Proceedings of the meeting of veterinary officers in India
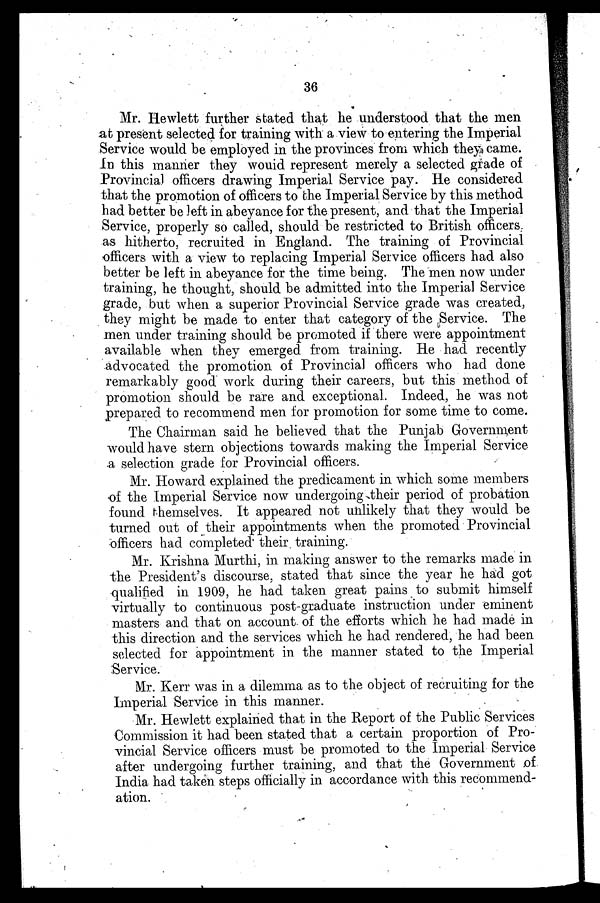
36
Mr. Hewlett further stated that he understood that the men
at present selected for training with a view to entering the Imperial
Service would be employed in the provinces from which they came.
In this manner they would represent merely a selected grade of
Provincial officers drawing Imperial Service pay. He considered
that the promotion of officers to the Imperial Service by this method
had better be left in abeyance for the present, and that the Imperial
Service, properly so called, should be restricted to British officers
as hitherto, recruited in England. The training of Provincial
officers with a view to replacing Imperial Service officers had also
better be left in abeyance for the time being. The men now under
training, he thought, should be admitted into the Imperial Service
grade, but when a superior Provincial Service grade was created,
they might be made to enter that category of the Service. The
men under training should be promoted if there were appointment
available when they emerged from training. He had recently
advocated the promotion of Provincial officers who had done
remarkably good work during their careers, but this method of
promotion should be rare and exceptional. Indeed, he was not
prepared to recommend men for promotion for some time to come.
The Chairman said he believed that the Punjab Government
would have stern objections towards making the Imperial Service
a selection grade for Provincial officers.
Mr. Howard explained the predicament in which some members
of the Imperial Service now undergoing their period of probation
found themselves. It appeared not unlikely that they would be
turned out of their appointments when the promoted Provincial
officers had completed their training.
Mr. Krishna Murthi, in making answer to the remarks made in
the President's discourse, stated that since the year he had got
qualified in 1909, he had taken great pains to submit himself
virtually to continuous post-graduate instruction under eminent
masters and that on account of the efforts which he had made in
this direction and the services which he had rendered, he had been
selected for appointment in the manner stated to the Imperial
Service.
Mr. Kerr was in a dilemma as to the object of recruiting for the
Imperial Service in this manner.
Mr. Hewlett explained that in the Report of the Public Services
Commission it had been stated that a certain proportion of Pro-
vincial Service officers must be promoted to the Imperial Service
after undergoing further training, and that the Government of
India had taken steps officially in accordance with this recommend-
ation.